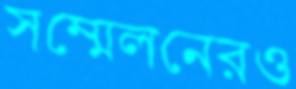
সম্মেলনেরও